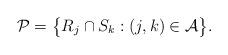
LaTeX: \begin{align*}{\mathcal P}=\bigl\{R_j\cap S_k: (j,k)\in {\mathcal A} \bigr\}.\end{align*}